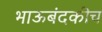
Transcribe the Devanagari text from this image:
भाऊबंदकीच